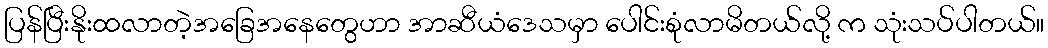
ပြန်ပြီးနိုးထလာတဲ့အခြေအနေတွေဟာ အာဆီယံဒေသမှာ ပေါင်းစုံလာမိတယ်လို့ က သုံးသပ်ပါတယ်။